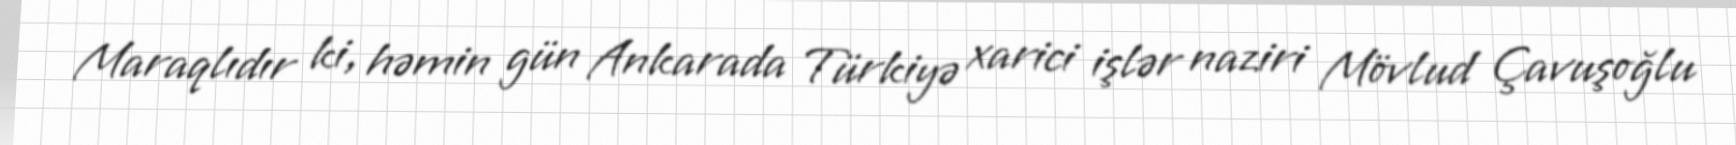
Maraqlıdır ki, həmin gün Ankarada Türkiyə xarici işlər naziri Mövlud Çavuşoğlu